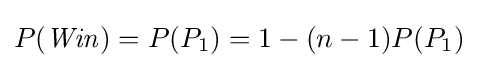
P({\mathit {Win}})=P(P_{1})=1-(n-1)P(P_{1})